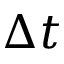
\Delta t